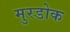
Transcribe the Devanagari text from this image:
मुरडोक